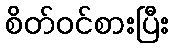
စိတ်ဝင်စားပြီး